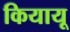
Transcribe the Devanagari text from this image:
कियायू